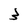
Character: 3